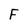
Character: F